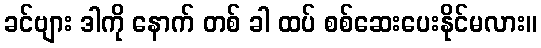
ခင်ဗျား ဒါကို နောက် တစ် ခါ ထပ် စစ်ဆေးပေးနိုင်မလား။